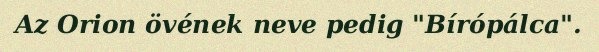
Az Orion övének neve pedig "Bírópálca".